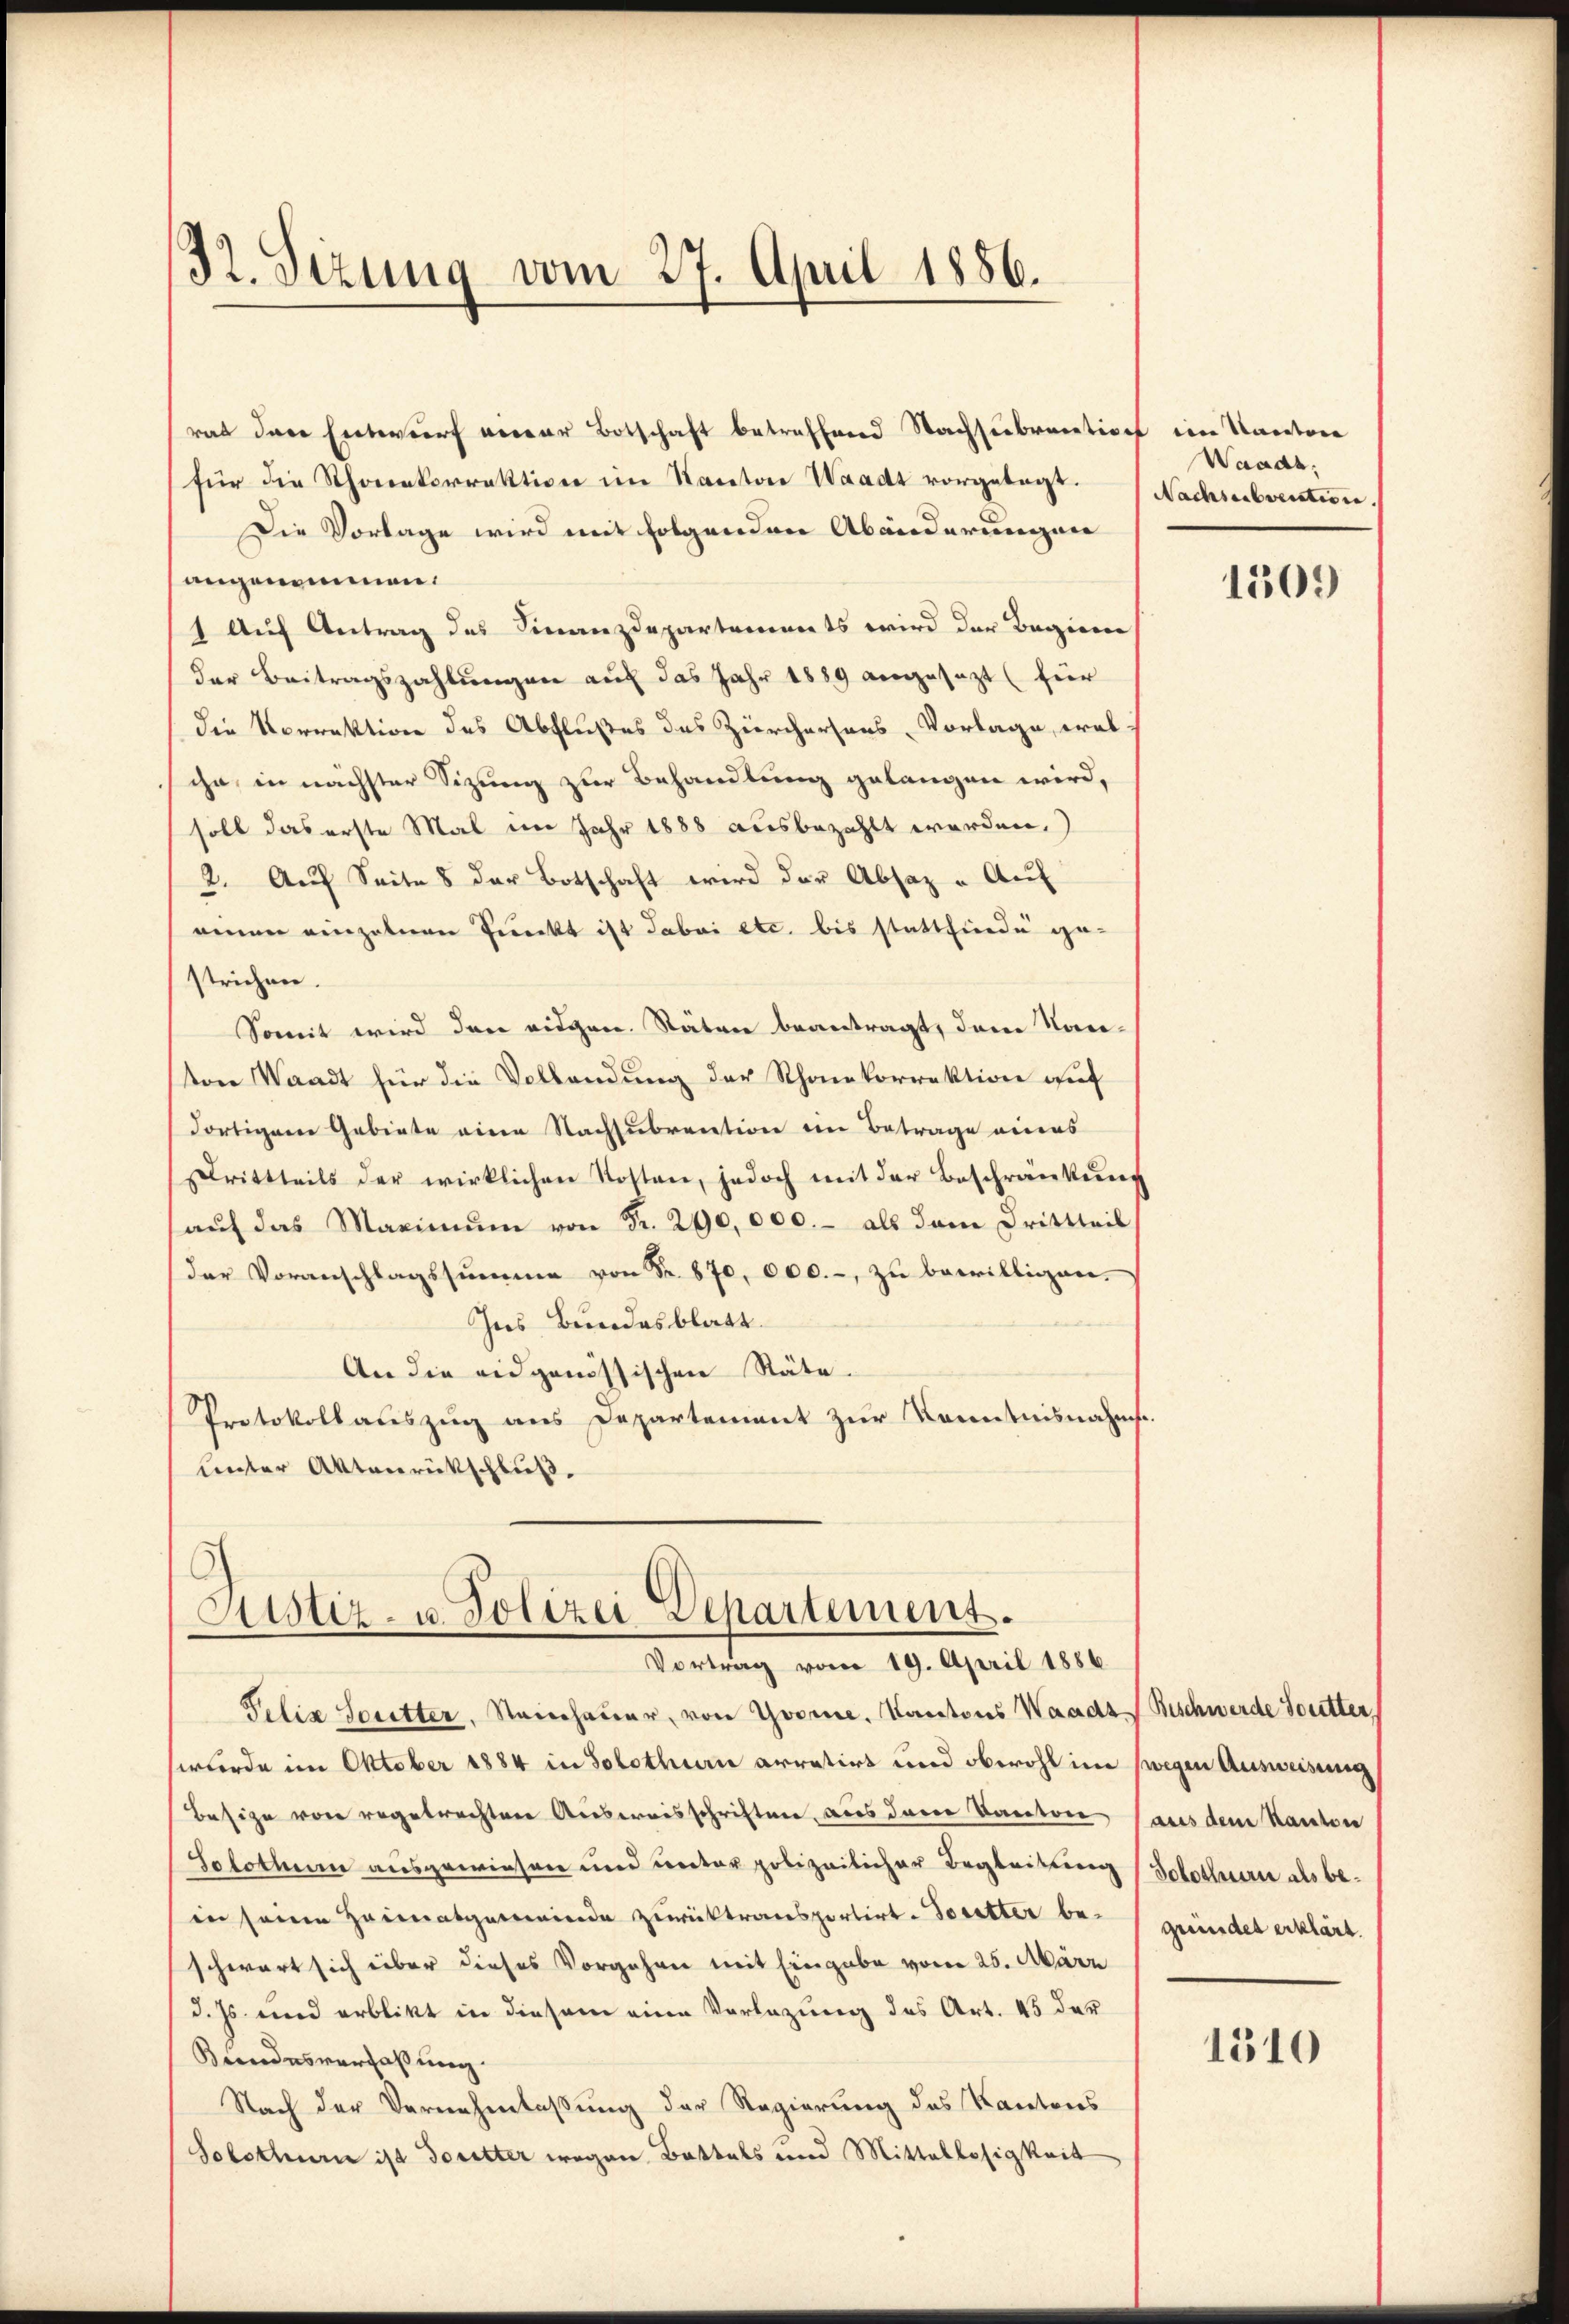
32. Sezung vom 27. April 1856.

rat der Entwurf vierer Botschaft betreffend Nachsiebrention im Kantone
für die Thonetorrektion im Kanton Waadt vorgelegt.
Die Vorlage wird mit folgenden Abänderungen
angenommen.
) Auf Antrag des Finanzdepartements wird der Beginn
der Beitragszahlungen auf das Jahr 1889 angesezt (für
die Vorrektion des Abflußes des Zürcherhaus, Vorlage, was
ihn in nächster Sizung zur Behandlung gelangen wird,
soll das erste Mal im Jahr 1888 ausbezahlt werden,
2. Auf Seite 8 der Botschaft wird der Absaz u. Auf
einen einzeleeren Punckt ist dabei etc. bis stattfinde ge-
strichen.
Somit wird den eidgen. Rätere beantragt, den Nanton Waadt für die Vollendung der Rhonekorrektion auf
dortigem Gebiete eine Nachsubvention im Betrage eines
Drittteils der wirklichen Kosten, jedoch mit der Beschränkung
aŭf das Maximŭm von Fr. 290,000.- als dem Drittheil
der Voranschlagssumme von Fr. 870, 000.-, zu bewilligen.
Ins Bundesblatt.
An die eidgenössischen Räte.
Protokollauszug aus Departement zur Kenntnisnahme.
unter Aktenrückschluß.

Justiz- u. Polizei Departement.
Vortrag vom 19. April 1886

Felix Scritter, Namchaŭer, von Yvorne. Kantons Waadt Beschwerde Soutter
wurde im Oktober 1884 in Solothurn arretirt und obwohl im wegen Ausweisung
Besige von vogetrachten Ausweisschriften aus der Kantone (aus dem Kanton
Solothurn ausgewiesen und unter polizeilicher Begleitung (Solothurn als bein seine Heimatgemeinde zurücktransportirt-Soretter be-
schwart sich über dieses Vorgehen mit Eingabe vom 25. März
d. Js. und erblikt in diesem eine Vorlegung des Art. 45 der
Kundesverfaßung.
Nach der Vernehmlassung der Regierung des Kantons
Solothurn ist doretter wegen Battals und Mittellosigkeit

Waadt,
Nachsubvention.

1509

gründet erklärt.

1510